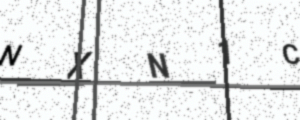
Text: NXN1C